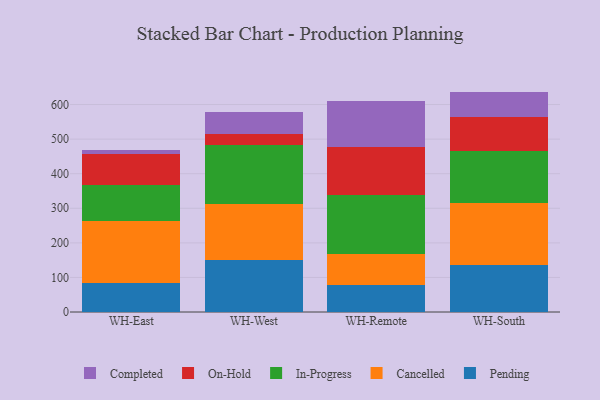
{"axis": {"x": "Warehouse", "y": "Temperature (°C)"}, "legend": ["Cancelled", "Completed", "In-Progress", "On-Hold", "Pending"], "data": [{"x": "WH-East", "y": 84.8, "type": "Pending"}, {"x": "WH-East", "y": 178.5, "type": "Cancelled"}, {"x": "WH-East", "y": 105.3, "type": "In-Progress"}, {"x": "WH-East", "y": 89.3, "type": "On-Hold"}, {"x": "WH-East", "y": 10.1, "type": "Completed"}, {"x": "WH-West", "y": 151.4, "type": "Pending"}, {"x": "WH-West", "y": 162.3, "type": "Cancelled"}, {"x": "WH-West", "y": 170.1, "type": "In-Progress"}, {"x": "WH-West", "y": 29.7, "type": "On-Hold"}, {"x": "WH-West", "y": 66.1, "type": "Completed"}, {"x": "WH-Remote", "y": 77.5, "type": "Pending"}, {"x": "WH-Remote", "y": 89.1, "type": "Cancelled"}, {"x": "WH-Remote", "y": 172.9, "type": "In-Progress"}, {"x": "WH-Remote", "y": 137.9, "type": "On-Hold"}, {"x": "WH-Remote", "y": 132.3, "type": "Completed"}, {"x": "WH-South", "y": 137.0, "type": "Pending"}, {"x": "WH-South", "y": 179.0, "type": "Cancelled"}, {"x": "WH-South", "y": 150.7, "type": "In-Progress"}, {"x": "WH-South", "y": 95.9, "type": "On-Hold"}, {"x": "WH-South", "y": 74.9, "type": "Completed"}]}